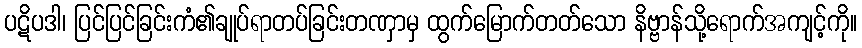
ပဋိပဒါ၊ ပြင်ပြင်ခြင်းကံ၏ချုပ်ရာတပ်ခြင်းတဏှာမှ ထွက်မြောက်တတ်သော နိဗ္ဗာန်သို့ရောက်အကျင့်ကို။